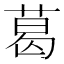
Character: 葛